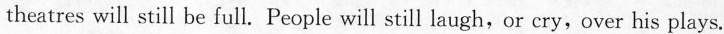
theatres will still be full. People will still laugh,or cry,over his plays.